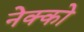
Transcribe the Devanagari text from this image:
नेक्को